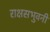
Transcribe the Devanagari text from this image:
राक्षसभुवनी